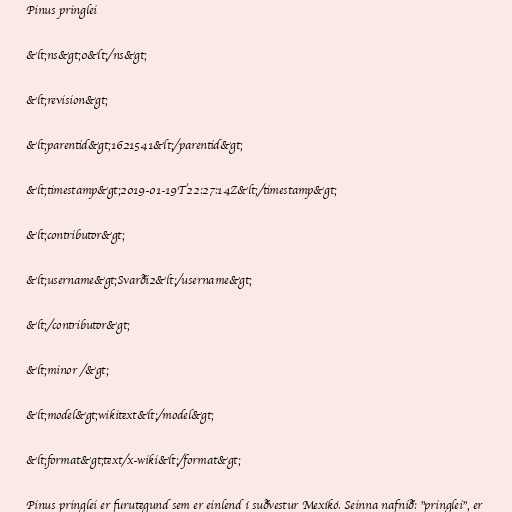
Pinus pringlei

&lt;ns&gt;0&lt;/ns&gt;

&lt;revision&gt;

&lt;parentid&gt;1621541&lt;/parentid&gt;

&lt;timestamp&gt;2019-01-19T22:27:14Z&lt;/timestamp&gt;

&lt;contributor&gt;

&lt;username&gt;Svarði2&lt;/username&gt;

&lt;/contributor&gt;

&lt;minor /&gt;

&lt;model&gt;wikitext&lt;/model&gt;

&lt;format&gt;text/x-wiki&lt;/format&gt;

Pinus pringlei er furutegund sem er einlend í suðvestur Mexíkó. Seinna nafnið: "pringlei", er